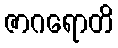
ဇာဂရောတိ